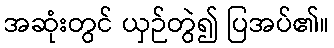
အဆုံးတွင် ယှဉ်တွဲ၍ ပြအပ်၏။